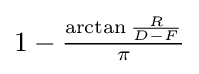
{\textstyle 1-{\frac {\arctan {\frac {R}{D-F}}}{\pi }}}